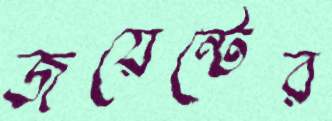
জয়েন্টের